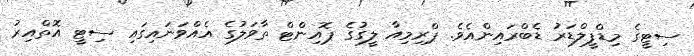
ސިޓީގެ މިޑްފީލްޑަރު ޑެބްރައިންއެވެ. ޕްރިމިއާ ލީގުގެ ޕޮއިންޓް ތާވަލުގެ އެއްވަނައިގައި ސިޓީ އޮތްއިރު